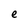
Character: e